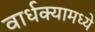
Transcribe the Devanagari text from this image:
वार्धक्यामध्ये